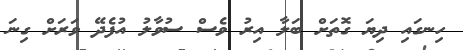
ހިނގައި ދިޔަ ގޮތަށް ބަލާ އިރު ވެސް ސުވާލު އުފެދޭ ވަރަށް ގިނަ